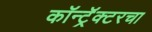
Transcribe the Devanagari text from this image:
कॉन्ट्रॅक्टरचा